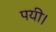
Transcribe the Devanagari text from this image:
पयी।